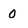
Character: 0